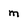
Character: m